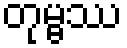
တုမ္ဗဿ